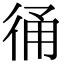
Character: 𢓶